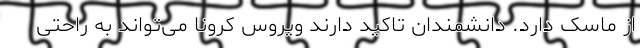
از ماسک دارد. دانشمندان تاکید دارند ویروس کرونا می‌تواند به راحتی